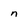
Character: n